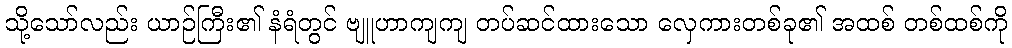
သို့သော်လည်း ယာဉ်ကြီး၏ နံရံတွင် ဗျူဟာကျကျ တပ်ဆင်ထားသော လှေကားတစ်ခု၏ အထစ် တစ်ထစ်ကို